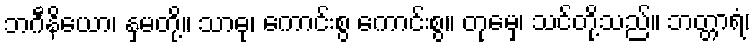
ဘဂီနိယော၊ နှမတို့။ သာဓု၊ ကောင်းစွ ကောင်းစွ။ တုမှေ၊ သင်တို့သည်။ ဘတ္တာရံ၊